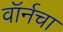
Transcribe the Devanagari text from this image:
वॉर्नचा